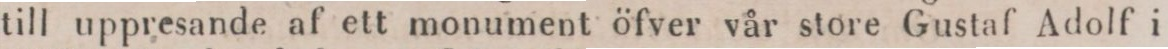
till uppresande af ett monument öfver vår store Gustaf Adolf i